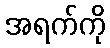
အရက်ကို